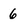
Character: 6